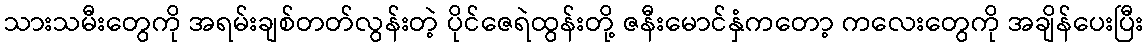
သားသမီးတွေကို အရမ်းချစ်တတ်လွန်းတဲ့ ပိုင်ဇေရဲထွန်းတို့ ဇနီးမောင်နှံကတော့ ကလေးတွေကို အချိန်ပေးပြီး